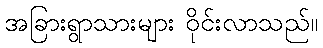
အခြားရွာသားများ ဝိုင်းလာသည်။